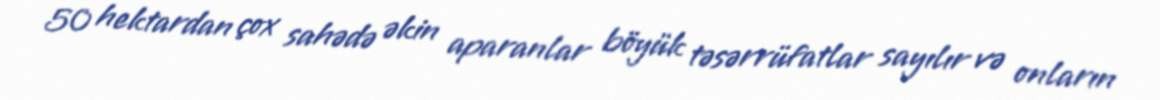
50 hektardan çox sahədə əkin aparanlar böyük təsərrüfatlar sayılır və onların